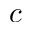
c